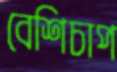
বেশিচাপ